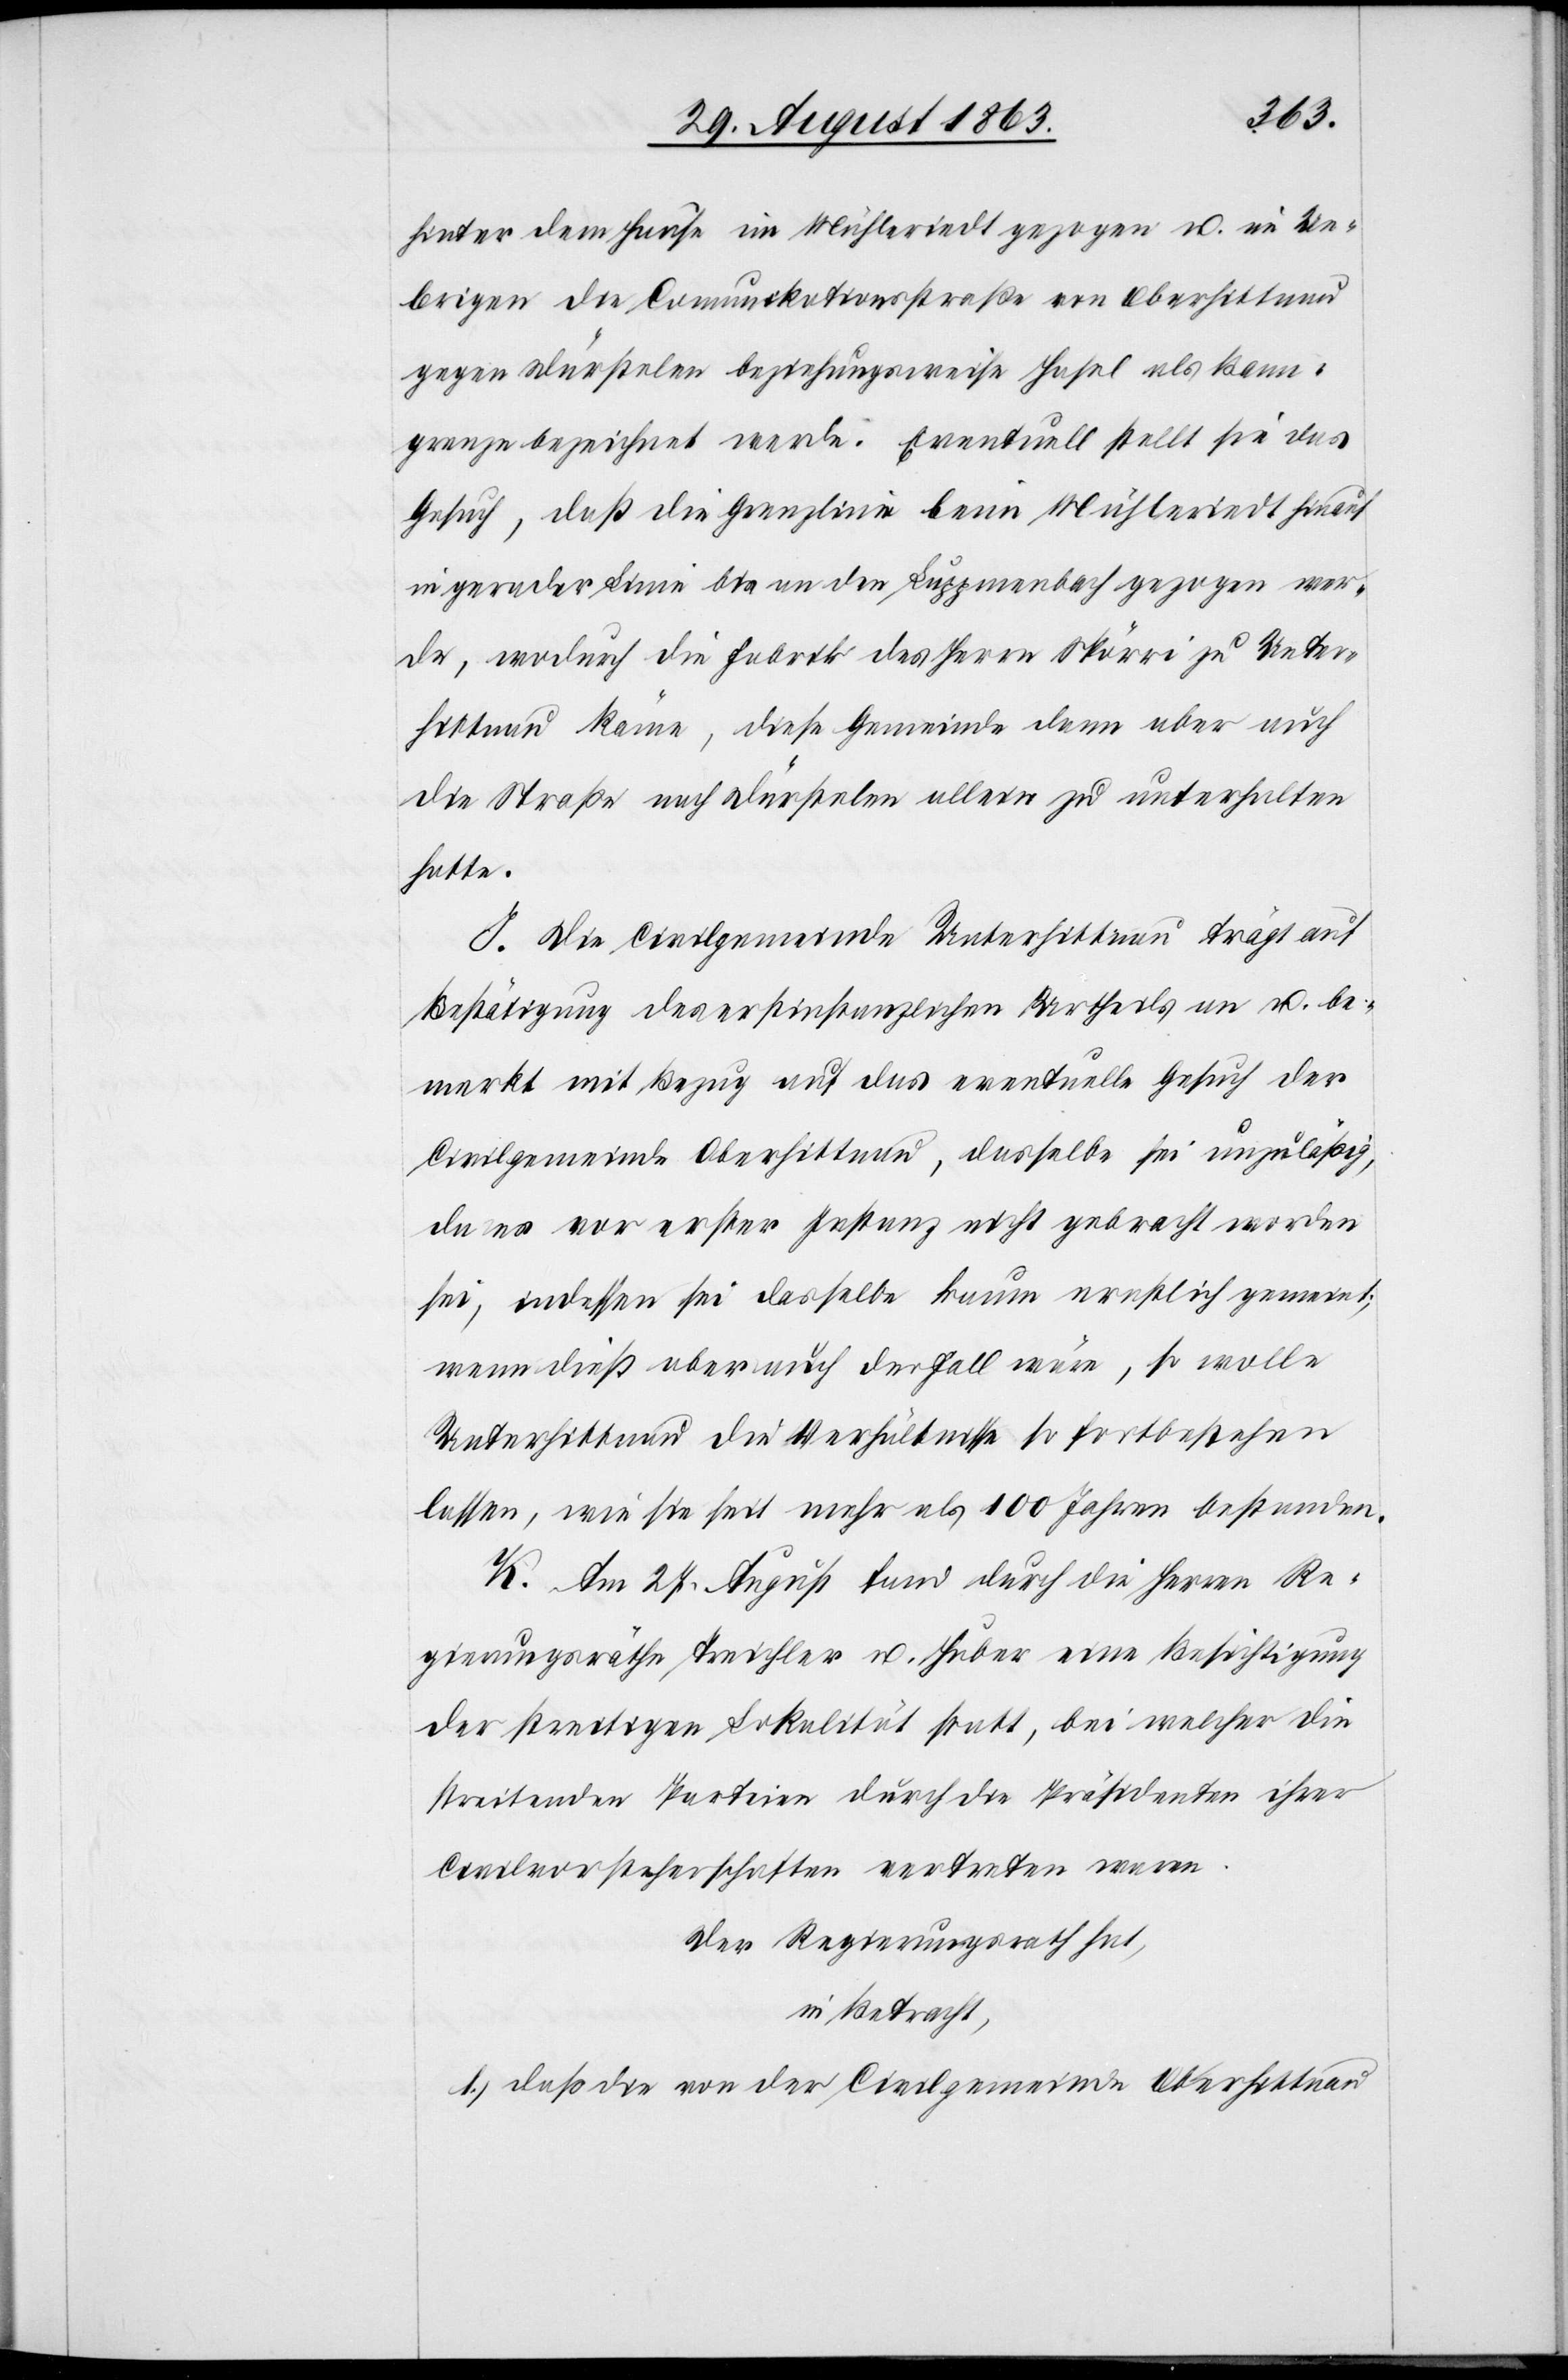
hinter dem Hause im Mühleriedt gezogen u. im Ue¬
brigen die Comunikationsstraße von Oberhittnau
gegen Dürstelen beziehungsweise Hasel als Bann¬
grenze bezeichnet werde. Eventuell stellt sie das
Gesuch, daß die Grenzlinie beim Mühleriedt hinauf
in gerader Linie bis an den Luppmenbach gezogen wer¬
de, wodurch die Fabrik des Herrn Spörri zu Unter¬
hittnau käme, diese Gemeinde dann aber auch
die Straße nach Dürstelen allein zu unterhalten
hatte
I. Die Civilgemeinde Unterhittnau trägt auf
Bestätigung des erstinstanzlichen Urtheils an u. be¬
merkt mit Bezug auf das eventuelle Gesuch der
Civilgemeinde Oberhittnau, dasselbe sei unzuläßig,
da es vor erster Instanz nicht gebracht worden
sei, indessen sei dasselbe kaum ernstlich gemeint;
wenn dieß aber auch der Fall wäre, so wolle
Unterhittnau die Verhältnisse so fortbestehen
lassen, wie sie seit mehr als 100 Jahren bestanden.
K. Am 27. August fand durch die Herren Re¬
gierungsräthe Treichler u. Huber eine Besichtigung
der streitigen Lokalität statt, bei welcher die
streitenden Parteien durch die Präsidenten ihrer
Civilvorsteherschaften vertreten waren.
Der Regierungsrath hat,
in Betracht,
1.) daß die von der Civilgemeinde Oberhittnau